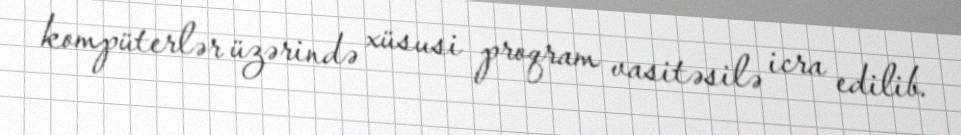
kompüterlər üzərində xüsusi proqram vasitəsilə icra edilib.